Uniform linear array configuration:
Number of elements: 16
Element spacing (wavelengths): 0.25
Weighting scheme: hann
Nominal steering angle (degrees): -60
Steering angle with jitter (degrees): -61.279
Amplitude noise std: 0.05
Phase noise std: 0.05

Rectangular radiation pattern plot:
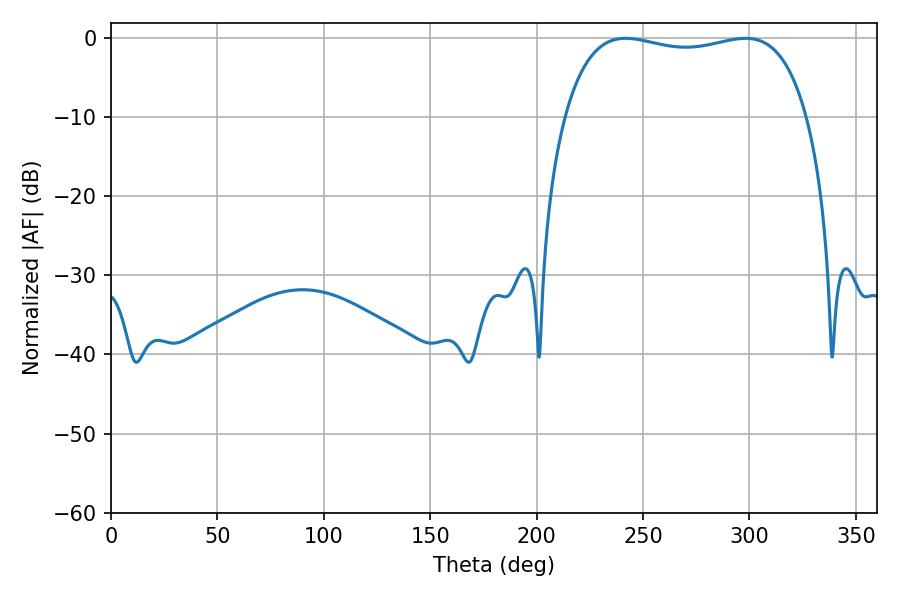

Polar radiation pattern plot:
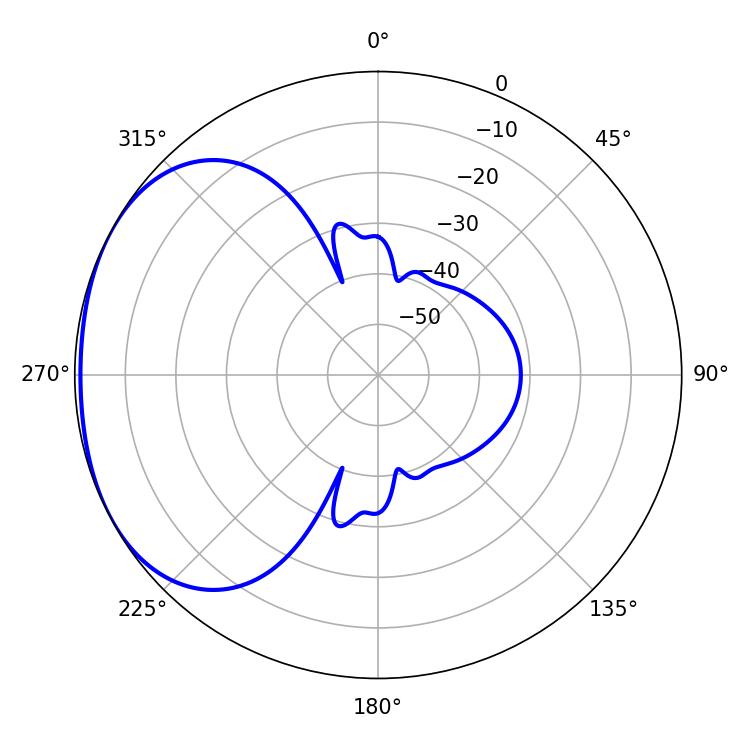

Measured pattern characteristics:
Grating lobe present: FALSE
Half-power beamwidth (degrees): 92.52
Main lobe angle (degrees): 241.92